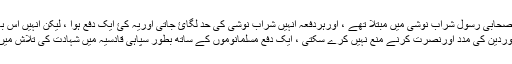
یہ صحابی رسول شراب نوشی میں مبتلا تھے ، اورہردفعہ انہیں شراب نوشی کی حد لگائ جاتی اوریہ کئ ایک دفع ہوا ، لیکن انہیں اس بات کا علم تھا کہ یہ
چيزانہیں دینی کام اوردین کی مدد اورنصرت کرنے منع نہیں کرے سکتی ، ایک دفع مسلمانوموں کے ساتھ بطور سپاہی قادسیہ میں شہادت کی تلاش میں نکل کھڑے ہوۓ ۔